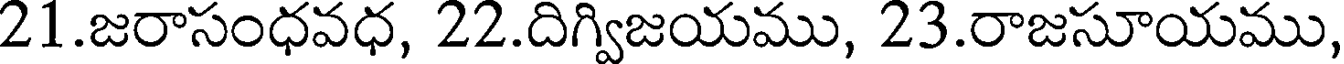
21.జరాసంధవధ, 22.దిగ్విజయము, 23.రాజసూయము,